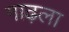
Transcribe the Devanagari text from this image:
गाढ़ला